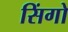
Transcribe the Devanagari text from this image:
सिंगो